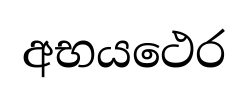
අභයථෙර